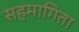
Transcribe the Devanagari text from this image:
सहमागिता